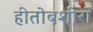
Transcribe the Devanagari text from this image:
हीतोबशीरा